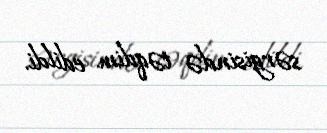
sərgisində təqdim edildi.